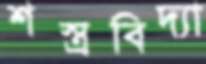
শস্ত্রবিদ্যা